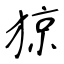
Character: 猄